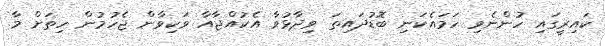
ކައިރީގައި ހުންނެވި ހަމައެކަނި ބޮޑުދައިތަ ވިދާޅުވާ އެކުއްޖާއާ ވަކިވާން ޖެހުމުން ހިތަށް މާ